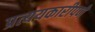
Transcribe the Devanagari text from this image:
प्रत्ययकारीपणे